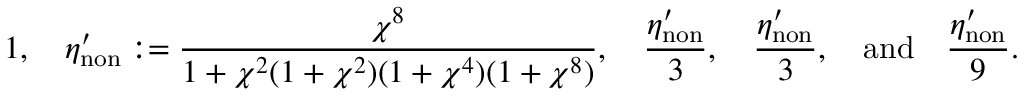
1 , \quad \eta _ { \mathrm { n o n } } ^ { \prime } : = \frac { \chi ^ { 8 } } { 1 + \chi ^ { 2 } ( 1 + \chi ^ { 2 } ) ( 1 + \chi ^ { 4 } ) ( 1 + \chi ^ { 8 } ) } , \quad \frac { \eta _ { \mathrm { n o n } } ^ { \prime } } { 3 } , \quad \frac { \eta _ { \mathrm { n o n } } ^ { \prime } } { 3 } , \quad \mathrm { a n d } \quad \frac { \eta _ { \mathrm { n o n } } ^ { \prime } } { 9 } .